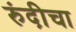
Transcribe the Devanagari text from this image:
रुंदी़चा